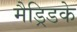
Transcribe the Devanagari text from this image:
मैड्रिडके